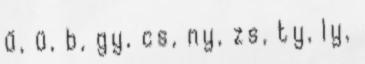
ű, ü, b, gy, cs, ny, zs, ty, ly,